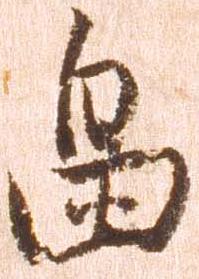
畠